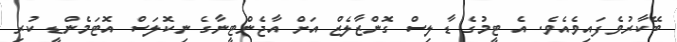
ބޭކާރުވެފައިވެއެވެ. އެ ޓީމުގެ ޑާލިސް ގޮންޒާލެޒް އަށް އާޖެންޓީނާގެ ނިކޮލަސް އޮޓަމެންޑީ ކުރި